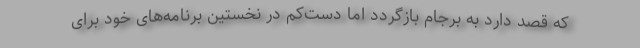
که قصد دارد به برجام بازگردد اما دست‌کم در نخستین برنامه‌های خود برای